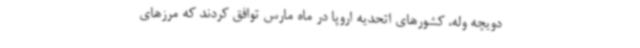
دویچه وله، کشورهای اتحدیه اروپا در ماه مارس توافق کردند که مرزهای